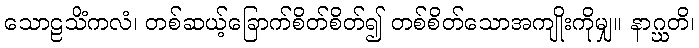
သောဠသိံကလံ၊ တစ်ဆယ့်ခြောက်စိတ်စိတ်၍ တစ်စိတ်သောအကျိုးကိုမျှ။ နာဂ္ဃတိ၊